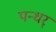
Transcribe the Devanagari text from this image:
पन्धर्